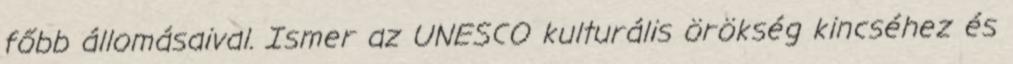
főbb állomásaival. Ismer az UNESCO kulturális örökség kincséhez és